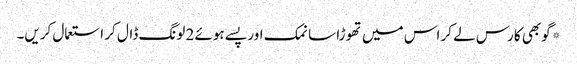
*گوبھی کا رس لے کر اس میں تھوڑا سا نمک اور پسے ہوئے 2 لونگ ڈال کر استعمال کریں۔